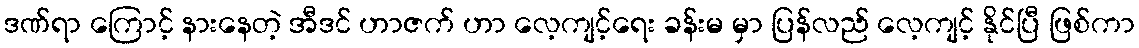
ဒဏ်ရာ ကြောင့် နားနေတဲ့ အီဒင် ဟာဇက် ဟာ လေ့ကျင့်ရေး ခန်းမ မှာ ပြန်လည် လေ့ကျင့် နိုင်ပြီ ဖြစ်ကာ